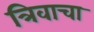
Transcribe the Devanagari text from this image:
त्रिवाचा